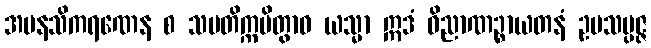
အမနသိကရဏေန စ သမတိက္ကမိတွာဝ ယသ္မာ ဣဒံ ဝိညာဏဉ္စာယတနံ ဥပသမ္ပဇ္ဇ